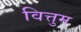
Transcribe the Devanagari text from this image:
वित्तुम